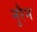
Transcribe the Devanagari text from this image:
नुरैन